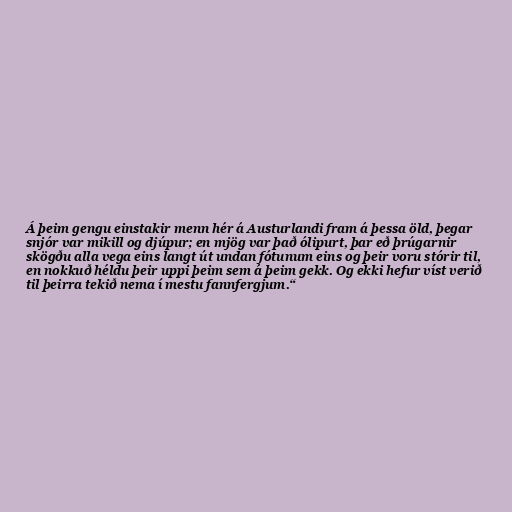
Á þeim gengu einstakir menn hér á Austurlandi fram á þessa öld, þegar
snjór var mikill og djúpur; en mjög var það ólipurt, þar eð þrúgarnir
skögðu alla vega eins langt út undan fótunum eins og þeir voru stórir til,
en nokkuð héldu þeir uppi þeim sem á þeim gekk. Og ekki hefur víst verið
til þeirra tekið nema í mestu fannfergjum.“